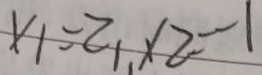
x _ { 1 } = 2 _ { 1 } , x _ { 2 } = - 1